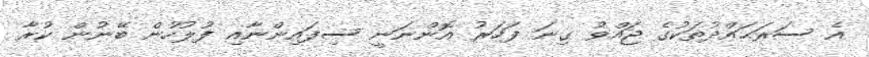
އެ ސަރަޙައްދުތަކުގެ ޖައްވު ގިނަ ފަހަރު އޮންނަނީ ސިފައިންނާއި ފުލުހުން ބޭނުން ކުރާ